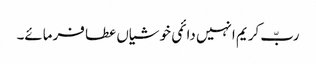
ربّ کریم انہیں دائمی خوشیاں عطا فرمائے۔